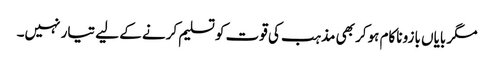
مگر بایاں بازو ناکام ہوکر بھی مذہب کی قوت کو تسلیم کرنے کے لیے تیار نہیں۔